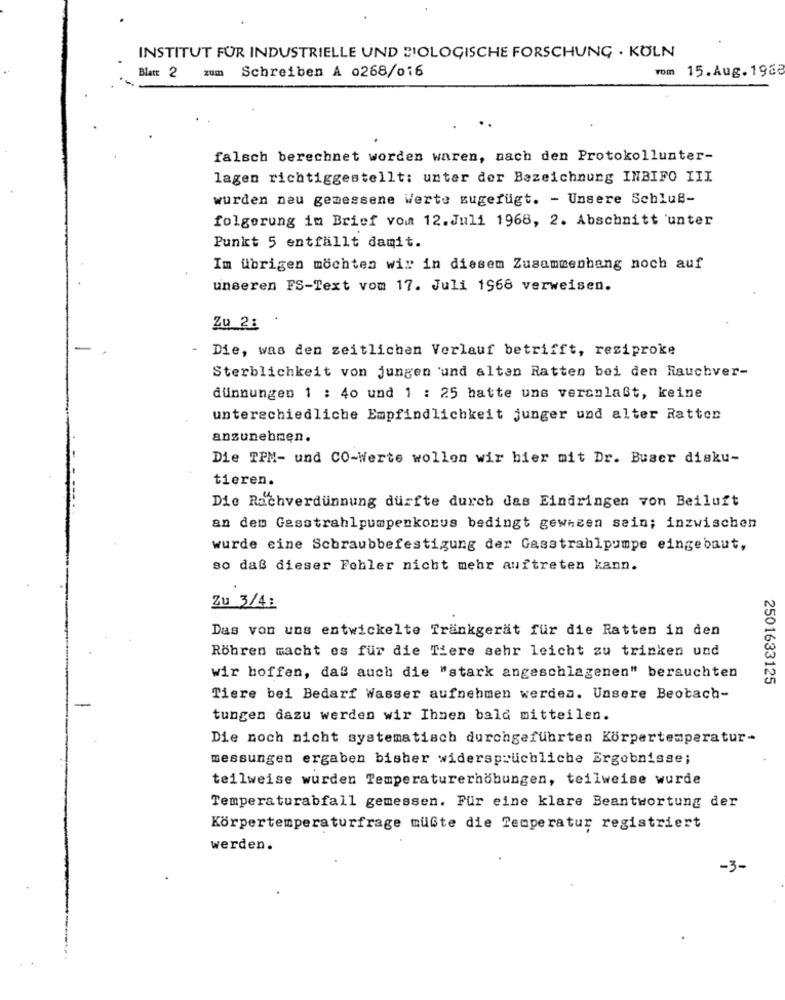
INSTITUT FÜR INDUSTRIELLE UND BIOLOGISCHE FORSCHUNG . KÖLN
Blatt 2 zum Schreiben A 0268/016
rom 15.Aug. 1968
falsch berechnet worden waren, nach den Protokollunter-
lagen richtiggestellt: unter der Bezeichnung INBIFO III
wurden neu gemessene Werte zugefügt. - Unsere Schluß-
folgerung im Brief vom 12.Juli 1968, 2. Abschnitt unter
Punkt 5 entfällt damit.
Im übrigen möchten wir in diesem Zusammenhang noch auf
unseren FS-Text vom 17. Juli 1968 verweisen.
Zu 2: .
- Die, was den zeitlichen Verlauf betrifft, resiproke
Sterblichkeit von jungen 'und altan Ratten bei den Rauchver-
dünnungen 1 : 40 und 1 : 25 hatte uns veranlaßt, keine
unterschiedliche Empfindlichkeit junger und alter Ratten
anzunehmen.
Die TPM- und CO-Werte wollen wir hier mit Dr. Buser disku-
tieren.
Die Rachverdünnung dürfte durch das Eindringen von Beiluft
an dem Gasstrahlpumpenkonus bedingt gewheen sein; inzwischen
wurde eine Schraubbefestigung der Gasstrahlpumpe eingebaut,
so daß dieser Fehler nicht mehr auftreten kann.
Zu 3/41
Das von uns entwickelte Trankgerät für die Ratten in den
Röhren macht es für die Tiere sehr leicht zu trinken und
wir hoffen, daß auch die "stark angeschlagenen" berauchten
2501633125
Tiere bei Bedarf Wasser aufnehmen werden. Unsere Beobach-
tungen dazu werden wir Ihnen bald mitteilen.
Die noch nicht systematisch durchgeführten Körpertemperatur-
messungen ergaben bisher widersprüchliche Ergebnisse;
teilweise wurden Temperaturerhöhungen, teilweise wurde
Temperaturabfall gemessen. Für eine klare Beantwortung der
Körpertemperaturfrage müßte die Temperatur registriert
werden.
-3-